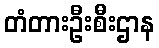
တံတားဦးစီးဌာန